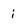
Character: i